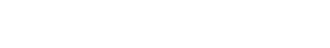
ကလေးတွေ ကျုပ် ပေါင်ပေါ်မှာ ထိုင်ကြတယ်။